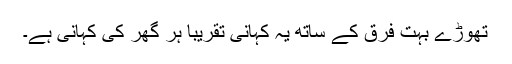
تھوڑے بہت فرق کے ساتھ یہ کہانی تقریبا ہر گھر کی کہانی ہے۔